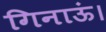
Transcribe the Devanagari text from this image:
गिनाऊं।